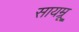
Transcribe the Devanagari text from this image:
सायम्रू